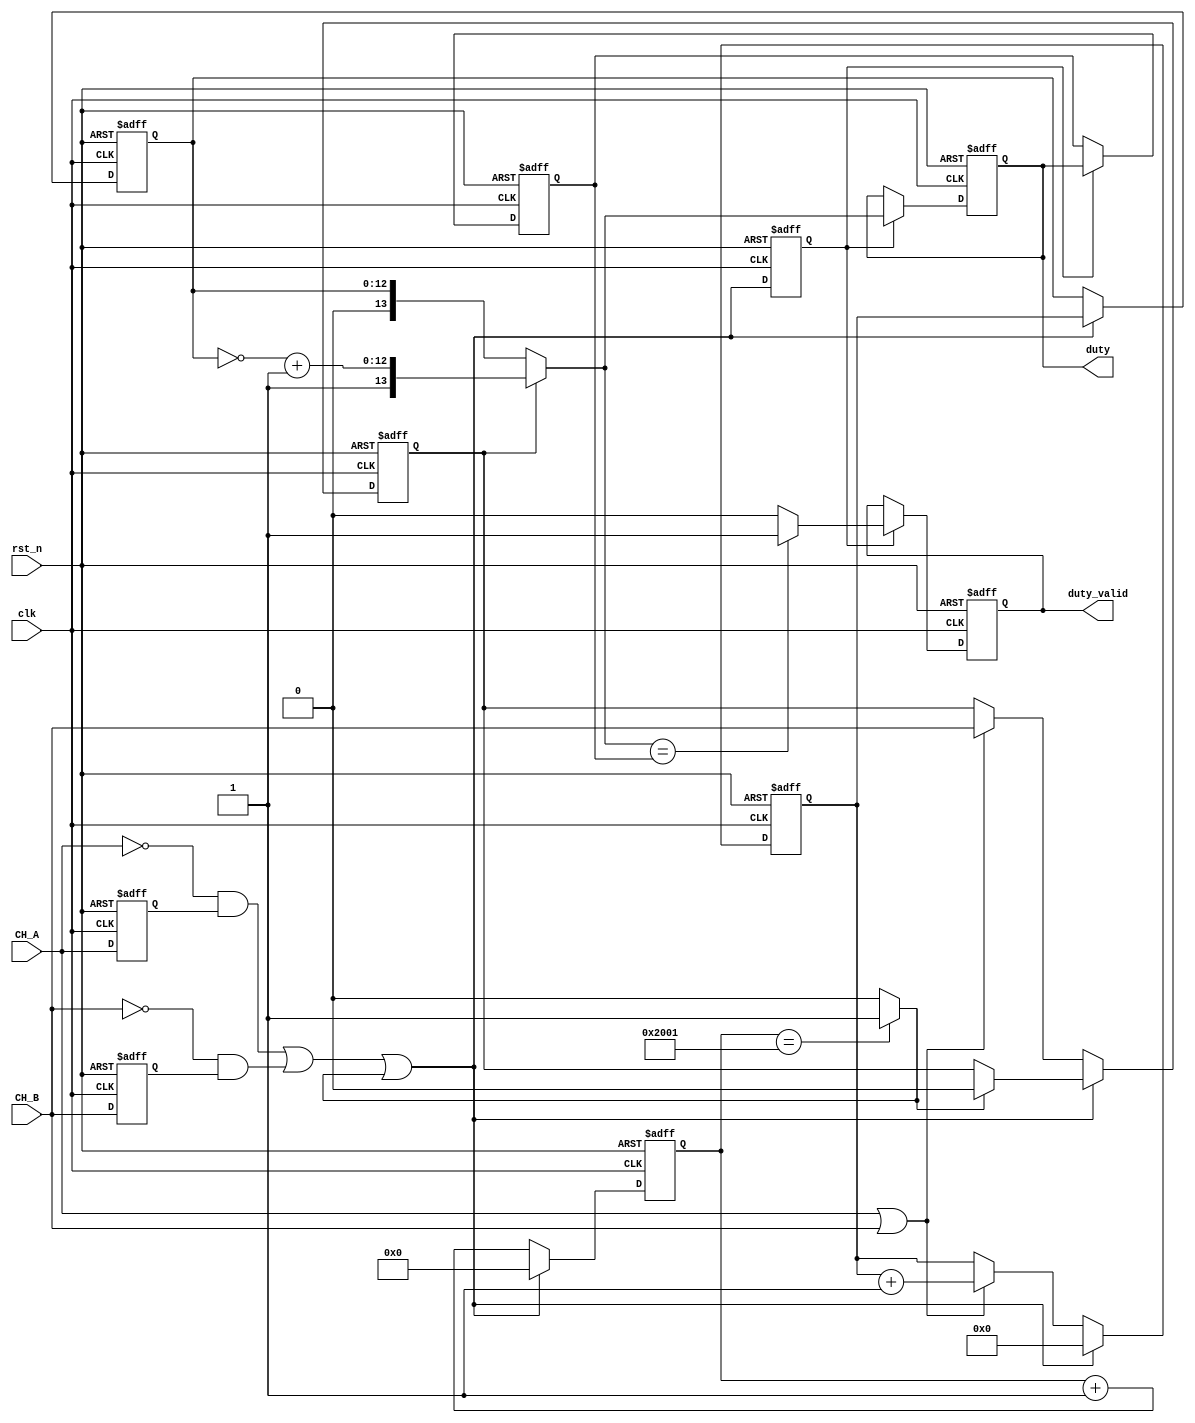
module pwm_monitor(clk,rst_n,CH_A,CH_B,duty,duty_valid);

//////////////////////////////////////////////////////////////
// Monitors PWM channels A & B and determines their        //
// duty cycle.  The duty cycle is given on the output     //
// duty[13:0] and is valid upon assertion of duty_valid. //
// It is a good idea to check in your testbench using   //
// @(posedge duty_valid) if duty[13:0] equal expected. //
////////////////////////////////////////////////////////

input clk,rst_n;	// hook clock to same source as DUT gets
input CH_A, CH_B;	// PWM inputs this unit monitors

output [13:0] duty;	// resulting 14-bit signed value of PWM duty cycle
output reg duty_valid;	// indicates when duty cycle is valid

reg CH_A_ff, CH_B_ff;
reg sign,strobed;
reg [12:0] mag_cntr;
reg [12:0] mag_capture;
reg [13:0] duty,duty_prev;
reg [13:0] timer;

wire [13:0] duty_val;
wire [12:0] mag_2scomp;
wire timeout, CH_A_neg,CH_A_pos,CH_B_neg,CH_B_pos;

//////////////////////////////////////////////
// Flop CH_A & CH_B to make edge detectors //
////////////////////////////////////////////
always @(posedge clk, negedge rst_n)
    if (!rst_n) begin
      CH_A_ff <= 0;
      CH_B_ff <= 0;
    end
    else begin
      CH_A_ff <= CH_A;
      CH_B_ff <= CH_B;
    end

//////////////////////////////////////////////////////
// Implement pos/neg edge detectors on CH_A & CH_B //
////////////////////////////////////////////////////
assign CH_A_pos = CH_A & ~CH_A_ff;
assign CH_B_pos = CH_B & ~CH_B_ff;
assign CH_A_neg = ~CH_A && CH_A_ff;
assign CH_B_neg = ~CH_B && CH_B_ff;

//////////////////////////////////////////////////
// Need a timer to see if CH_A & CH_B are both //
// always zero.  This is the duty==0000 case. //
///////////////////////////////////////////////
always @(posedge clk, negedge rst_n)
    if (!rst_n)
      timer <= 14'h0000;
    else if (CH_A_neg | CH_B_neg | timeout)
      timer <= 14'h0000;
    else
      timer <= timer + 1;

assign timeout = (timer==14'h2001) ? 1'b1 : 1'b0;

///////////////////////////////////////////////////
// Implement a counter to count the time either //
// CH_A or CH_B is high.  This form magnitude  //
// of PWM duty.  Also need to determine sign. //
///////////////////////////////////////////////
always @(posedge clk, negedge rst_n)
    if (!rst_n) begin
      mag_cntr <= 13'b0000;
      sign <= 1'b0;
    end else if (CH_A_neg | CH_B_neg | timeout) begin
      mag_cntr <= 13'b0000;
      sign <= (timeout) ? 1'b0 : sign;
    end else if (CH_A | CH_B) begin
      mag_cntr = mag_cntr + 1;
      sign <= CH_B;
    end

////////////////////////////////////////////
// Capture magnitude when either CH_A or //
// CH_B fall, or when timeout.          //
/////////////////////////////////////////
always @(posedge clk, negedge rst_n)
    if (!rst_n) 
      mag_capture <= 13'h0000;
    else if (CH_A_neg | CH_B_neg | timeout)
      mag_capture <= mag_cntr;

//////////////////////////////////////////////
// Form a delayed version of when captured //
// called strobed.                        //
///////////////////////////////////////////
always @(posedge clk, negedge rst_n)
    if (!rst_n)
      strobed <= 1'b0;
    else 
      strobed <= (CH_A_neg | CH_B_neg | timeout);

///////////////////////////////////////////////
// Using sign & magnitude form a duty value //
/////////////////////////////////////////////
assign mag_2scomp = ~mag_capture + 1;
assign duty_val = (sign) ? {1'b1,mag_2scomp} : {1'b0,mag_capture};

/////////////////////////////////////////
// Capture duty value based on strobe //
///////////////////////////////////////
always @(posedge clk, negedge rst_n)
    if (!rst_n)
      duty <= 14'h0000;
    else if (strobed)
      duty <= duty_val;

////////////////////////////////////////////////
// duty_valid is only asserted if we have    //
// seen the same duty cycle for 2 cycles in //
// a row.  Need to capture the previous    //
// duty cycle to implement this.          //
///////////////////////////////////////////
always @(posedge clk, negedge rst_n)
    if (!rst_n) begin
      duty_prev <= 14'h0000;
      duty_valid <= 0;
    end else if (strobed) begin
      duty_prev <= duty; 
      duty_valid = (duty_val==duty_prev) ? 1'b1 : 1'b0; 
    end

endmodule